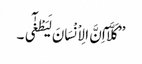
’’کَلَّآ اِنَّ الِاْنْسَانَ لَیَطْغٰٓی ۔